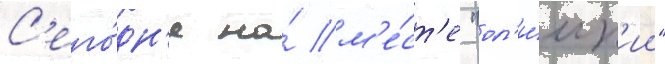
С'его́дн'я на́ м'е́ст'е "ол'и́мп'ии"